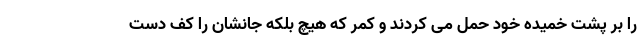
را بر پشت خمیده خود حمل می کردند و کمر که هیچ بلکه جانشان را کف دست